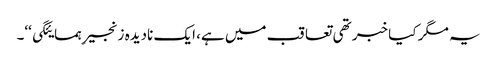
یہ مگر کیا خبر تھی تعاقب میں ہے، ایک نادیدہ زنجیرِ ہمسایئگی‘‘۔